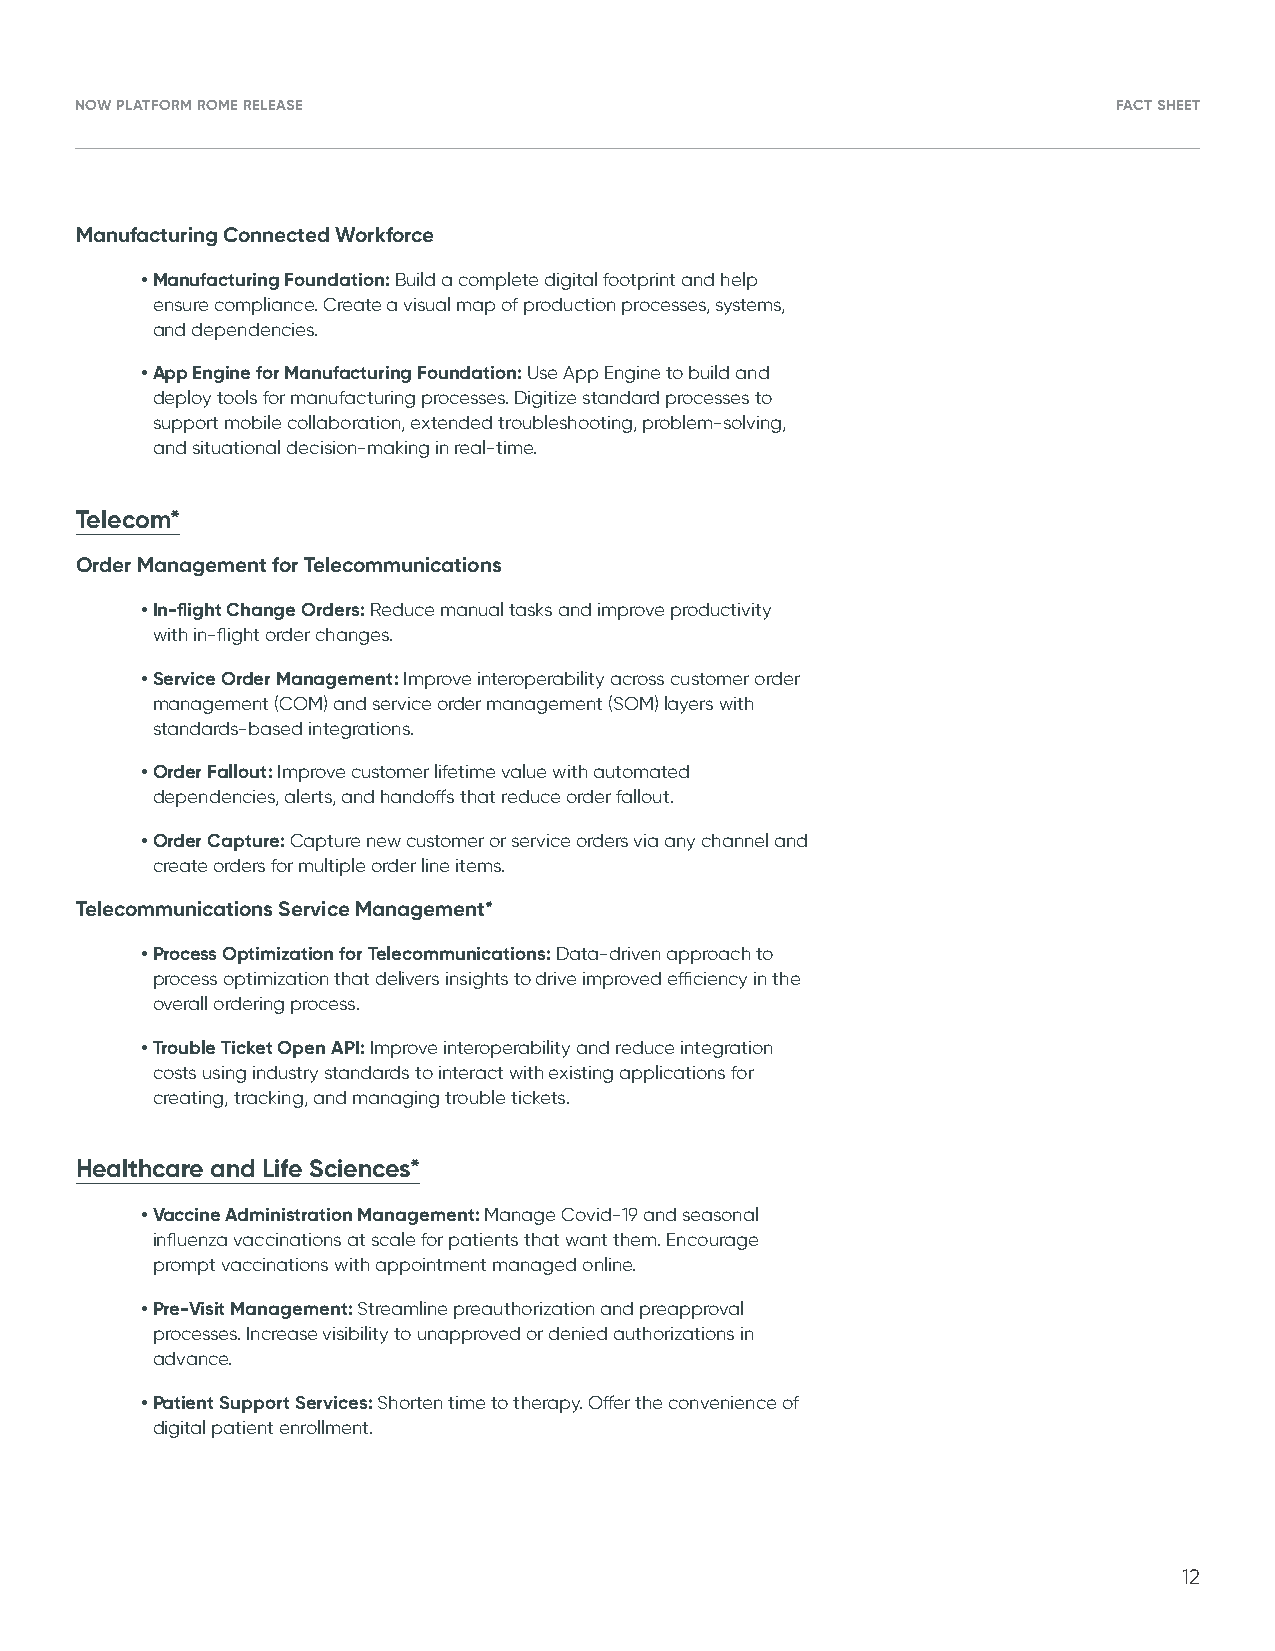
NOW PLATFORM ROME RELEASE                                            FACT SHEET
 Manufacturing Connected Workforce
 • Manufacturing Foundation: Build a complete digital footprint and help
 ensure compliance. Create a visual map of production processes, systems,
 and dependencies.
 • App Engine for Manufacturing Foundation: Use App Engine to build and
 deploy tools for manufacturing processes. Digitize standard processes to
 support mobile collaboration, extended troubleshooting, problem-solving,
 and situational decision-making in real-time.
 Telecom*
 Order Management for Telecommunications
 • In-flight Change Orders: Reduce manual tasks and improve productivity
 with in-flight order changes.
 • Service Order Management: Improve interoperability across customer order
 management (COM) and service order management (SOM) layers with
 standards-based integrations.
 • Order Fallout: Improve customer lifetime value with automated
 dependencies, alerts, and handoffs that reduce order fallout.
 • O rder Capture: Capture new customer or service orders via any channel and
 create orders for multiple order line items.
 Telecommunications Service Management*
 • Process Optimization for Telecommunications: Data-driven approach to
 process optimization that delivers insights to drive improved efficiency in the
 overall ordering process.
 • Trouble Ticket Open API: Improve interoperability and reduce integration
 costs using industry standards to interact with existing applications for
 creating, tracking, and managing trouble tickets.
 Healthcare and Life Sciences*
 • Vaccine Administration Management: Manage Covid-19 and seasonal
 influenza vaccinations at scale for patients that want them. Encourage
 prompt vaccinations with appointment managed online.
 • Pre-Visit Management: Streamline preauthorization and preapproval
 processes. Increase visibility to unapproved or denied authorizations in
 advance.
 • Patient Support Services: Shorten time to therapy. Offer the convenience of
 digital patient enrollment.
 12